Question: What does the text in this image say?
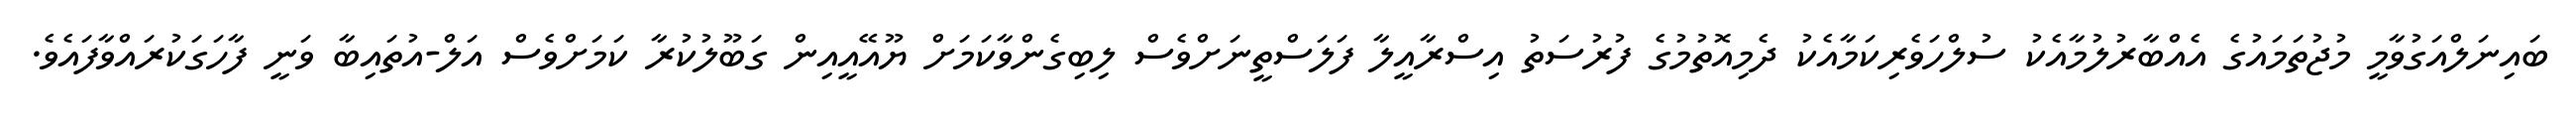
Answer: ބައިނަލްއަގުވާމީ މުޖުތަމައުގެ އެއްބާރުލުމާއެކު ސުލްހަވެރިކަމާއެކު ދެމިއޮތުމުގެ ފުރުސަތު އިސްރާއީލާ ފަލަސްތީނަށްވެސް ލިބިގެންވާކަމަށް ޔޫއޭއީއިން ގަބޫލުކުރާ ކަމަށްވެސް އަލް-އުތައިބާ ވަނީ ފާހަގަކުރައްވާފައެވެ.